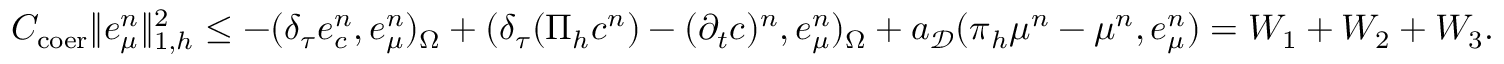
\begin{array} { r } { C _ { \mathrm { c o e r } } \| \boldsymbol { e } _ { \mu } ^ { n } \| _ { 1 , h } ^ { 2 } \leq - ( \delta _ { \tau } e _ { c } ^ { n } , e _ { \mu } ^ { n } ) _ { \Omega } + ( \delta _ { \tau } ( \Pi _ { h } c ^ { n } ) - ( \partial _ { t } c ) ^ { n } , e _ { \mu } ^ { n } ) _ { \Omega } + a _ { \mathcal { D } } ( \boldsymbol { \pi } _ { h } \mu ^ { n } - \boldsymbol { \mu } ^ { n } , \boldsymbol { e } _ { \mu } ^ { n } ) = W _ { 1 } + W _ { 2 } + W _ { 3 } . } \end{array}